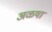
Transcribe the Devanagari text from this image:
अळया